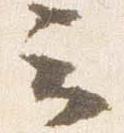
云